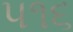
૫૧૬